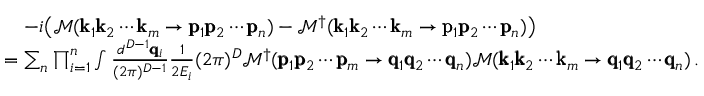
\begin{array} { r l } & { \quad - i \big ( \mathcal { M } ( \pmb { \mathrm { k } } _ { 1 } \pmb { \mathrm { k } } _ { 2 } \cdots \pmb { \mathrm { k } } _ { m } \rightarrow \pmb { \mathrm { p } } _ { 1 } \pmb { \mathrm { p } } _ { 2 } \cdots \pmb { \mathrm { p } } _ { n } ) - \mathcal { M } ^ { \dagger } ( \pmb { \mathrm { k } } _ { 1 } \pmb { \mathrm { k } } _ { 2 } \cdots \pmb { \mathrm { k } } _ { m } \rightarrow \pmb { \mathrm { p } } _ { 1 } \pmb { \mathrm { p } } _ { 2 } \cdots \pmb { \mathrm { p } } _ { n } ) \big ) } \\ & { = \sum _ { n } \prod _ { i = 1 } ^ { n } \int \frac { d ^ { D - 1 } \pmb { \mathrm { q } } _ { i } } { ( 2 \pi ) ^ { D - 1 } } \frac { 1 } { 2 E _ { i } } ( 2 \pi ) ^ { D } \mathcal { M } ^ { \dagger } ( \pmb { \mathrm { p } } _ { 1 } \pmb { \mathrm { p } } _ { 2 } \cdots \pmb { \mathrm { p } } _ { m } \rightarrow \pmb { \mathrm { q } } _ { 1 } \pmb { \mathrm { q } } _ { 2 } \cdots \pmb { \mathrm { q } } _ { n } ) \mathcal { M } ( \pmb { \mathrm { k } } _ { 1 } \pmb { \mathrm { k } } _ { 2 } \cdots \pmb { \mathrm { k } } _ { m } \rightarrow \pmb { \mathrm { q } } _ { 1 } \pmb { \mathrm { q } } _ { 2 } \cdots \pmb { \mathrm { q } } _ { n } ) \, . } \end{array}